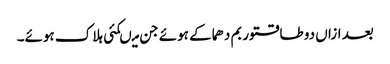
بعد ازاں دو طاقتور بم دھماکے ہوئے جن میںکئی ہلاک ہوئے۔